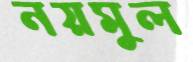
নয়মুল